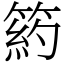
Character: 箹